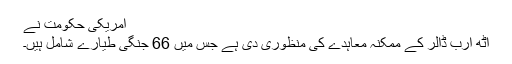
امریکی حکومت نے
آٹھ ارب ڈالر کے ممکنہ معاہدے کی منظوری دی ہے جس میں 66 جنگی طیارے شامل ہیں۔